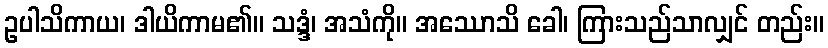
ဥပါသိကာယ၊ ဒါယိကာမ၏။ သဒ္ဒံ၊ အသံကို။ အဿောသိ ခေါ၊ ကြားသည်သာလျှင် တည်း။